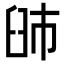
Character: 䑔